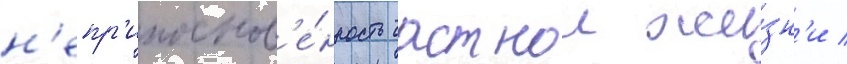
н'епр'икоснов'е́нность частнои жи́зн'и /